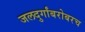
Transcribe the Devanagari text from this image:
जलदुर्गांबरोबरच